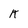
Character: k